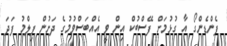
ފެންޑެންގޯ އާ ގުޅުމަށް ފޭސްބުކް އިން ވީ އެއްބަސްވުމުގެ ދަށުން ފިލްމު ފަދަ